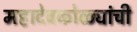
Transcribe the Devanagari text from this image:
महादेवकोळ्यांची